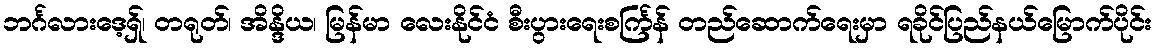
ဘင်္ဂလားဒေ့ရှ်၊ တရုတ်၊ အိန္ဒိယ၊ မြန်မာ လေးနိုင်ငံ စီးပွားရေးစင်္ကြန် တည်ဆောက်ရေးမှာ ရခိုင်ပြည်နယ်မြောက်ပိုင်း